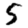
Digit: 5